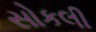
સોકલી